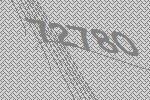
72780